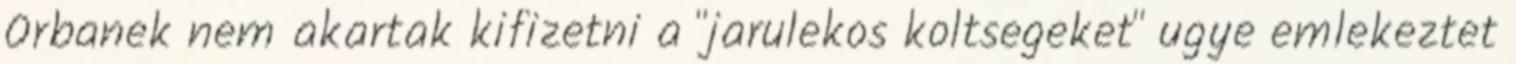
Orbanek nem akartak kifizetni a "jarulekos koltsegeket" ugye emlekeztet